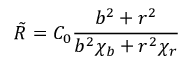
\tilde { R } = C _ { 0 } \frac { b ^ { 2 } + r ^ { 2 } } { b ^ { 2 } \chi _ { b } + r ^ { 2 } \chi _ { r } }